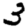
Digit: 3